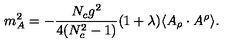
m _ { A } ^ { 2 } = - \frac { N _ { c } g ^ { 2 } } { 4 ( N _ { c } ^ { 2 } - 1 ) } ( 1 + \lambda ) \langle A _ { \rho } \cdot A ^ { \rho } \rangle .